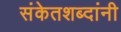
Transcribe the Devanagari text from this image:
संकेतशब्दांनी